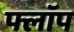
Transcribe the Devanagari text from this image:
फ्लाॅप